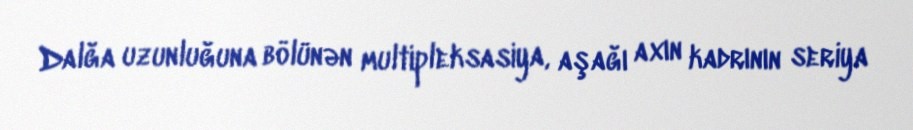
Dalğa uzunluğuna bölünən multipleksasiya, aşağı axın kadrının seriya